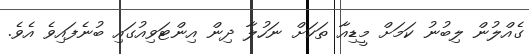
ގެއްލުން ލިބުނު ކަމަށް މީޑިއާ ތަކަށް ނަހުލާ ދިން އިންޓަވިއުގައި ބުނެފައިވެ އެވެ.